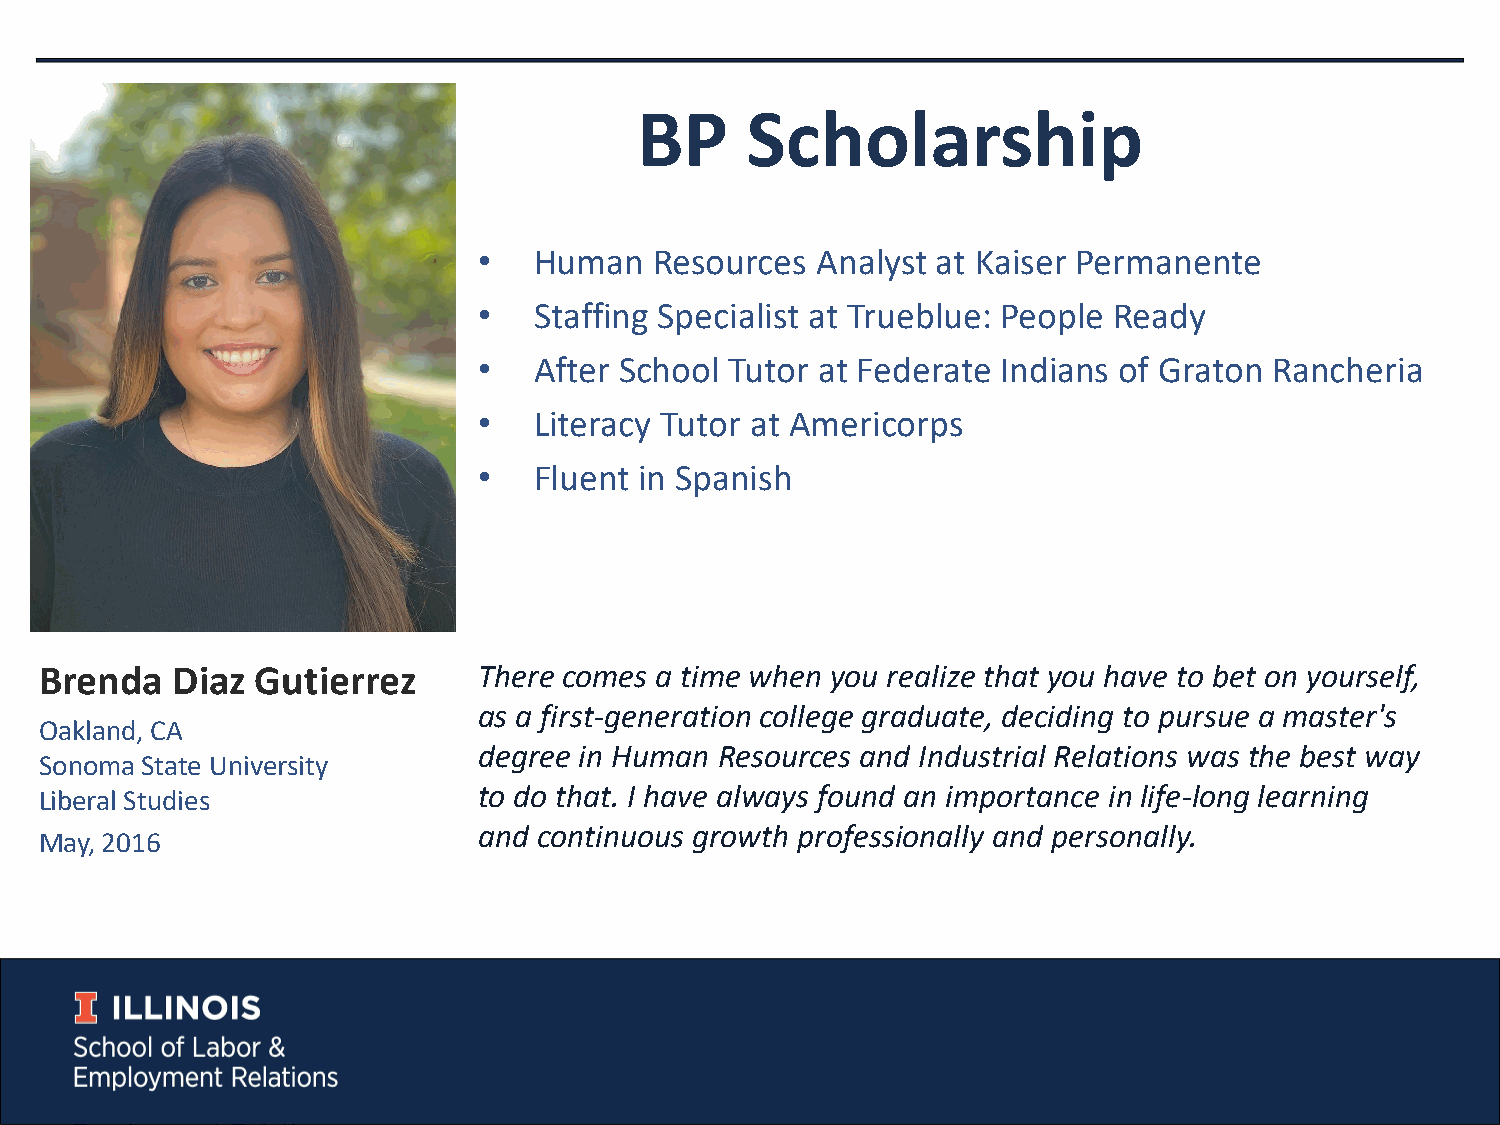
BP     Scholarship
 •  Human   Resources  Analyst at Kaiser Permanente
 •  Staffing Specialist at Trueblue: People Ready
 •  After School Tutor at Federate Indians of Graton Rancheria
 •  Literacy Tutor at Americorps
 •  Fluent in Spanish
 Brenda  Diaz  Gutierrez      There comes a time when you realize that you have to bet on yourself,
 as a first-generation college graduate, deciding to pursue a master's
 Oakland, CA
 degree in Human Resources and Industrial Relations was the best way
 Sonoma State University
 to do that. I have always found an importance in life-long learning
 Liberal Studies
 and continuous growth professionally and personally.
 May, 2016